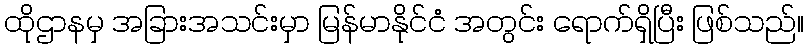
ထိုဌာနမှ အခြားအသင်းမှာ မြန်မာနိုင်ငံ အတွင်း ရောက်ရှိပြီး ဖြစ်သည်။